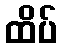
ထိပ်